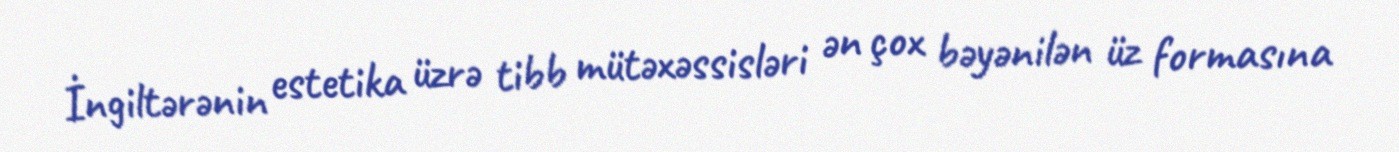
İngiltərənin estetika üzrə tibb mütəxəssisləri ən çox bəyənilən üz formasına